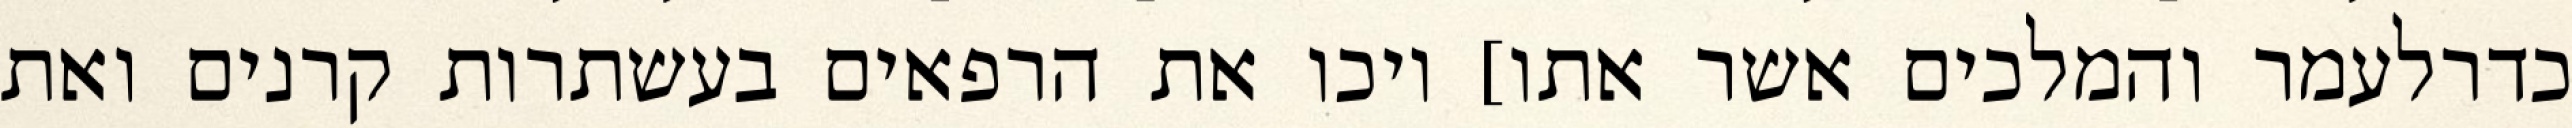
כדרלעמר והמלכים אשר אתו] ויכו את הרפאים בעשתרות קרנים ואת